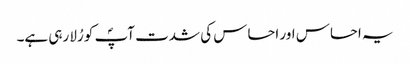
یہ احساس اور احساس کی شدت آپؐ کو رُلا رہی ہے۔